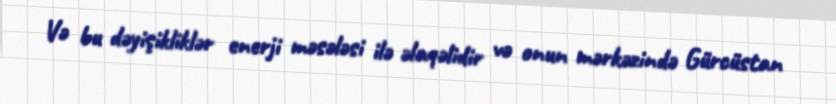
Və bu dəyişikliklər enerji məsələsi ilə əlaqəlidir və onun mərkəzində Gürcüstan